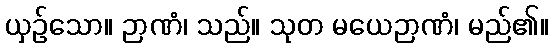
ယှဉ်သော။ ဉာဏံ၊ သည်။ သုတ မယေဉာဏံ၊ မည်၏။